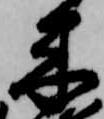
来